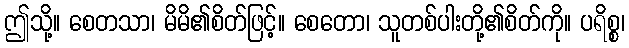
ဤသို့။ စေတသာ၊ မိမိ၏စိတ်ဖြင့်။ စေတော၊ သူတစ်ပါးတို့၏စိတ်ကို။ ပရိစ္စ၊